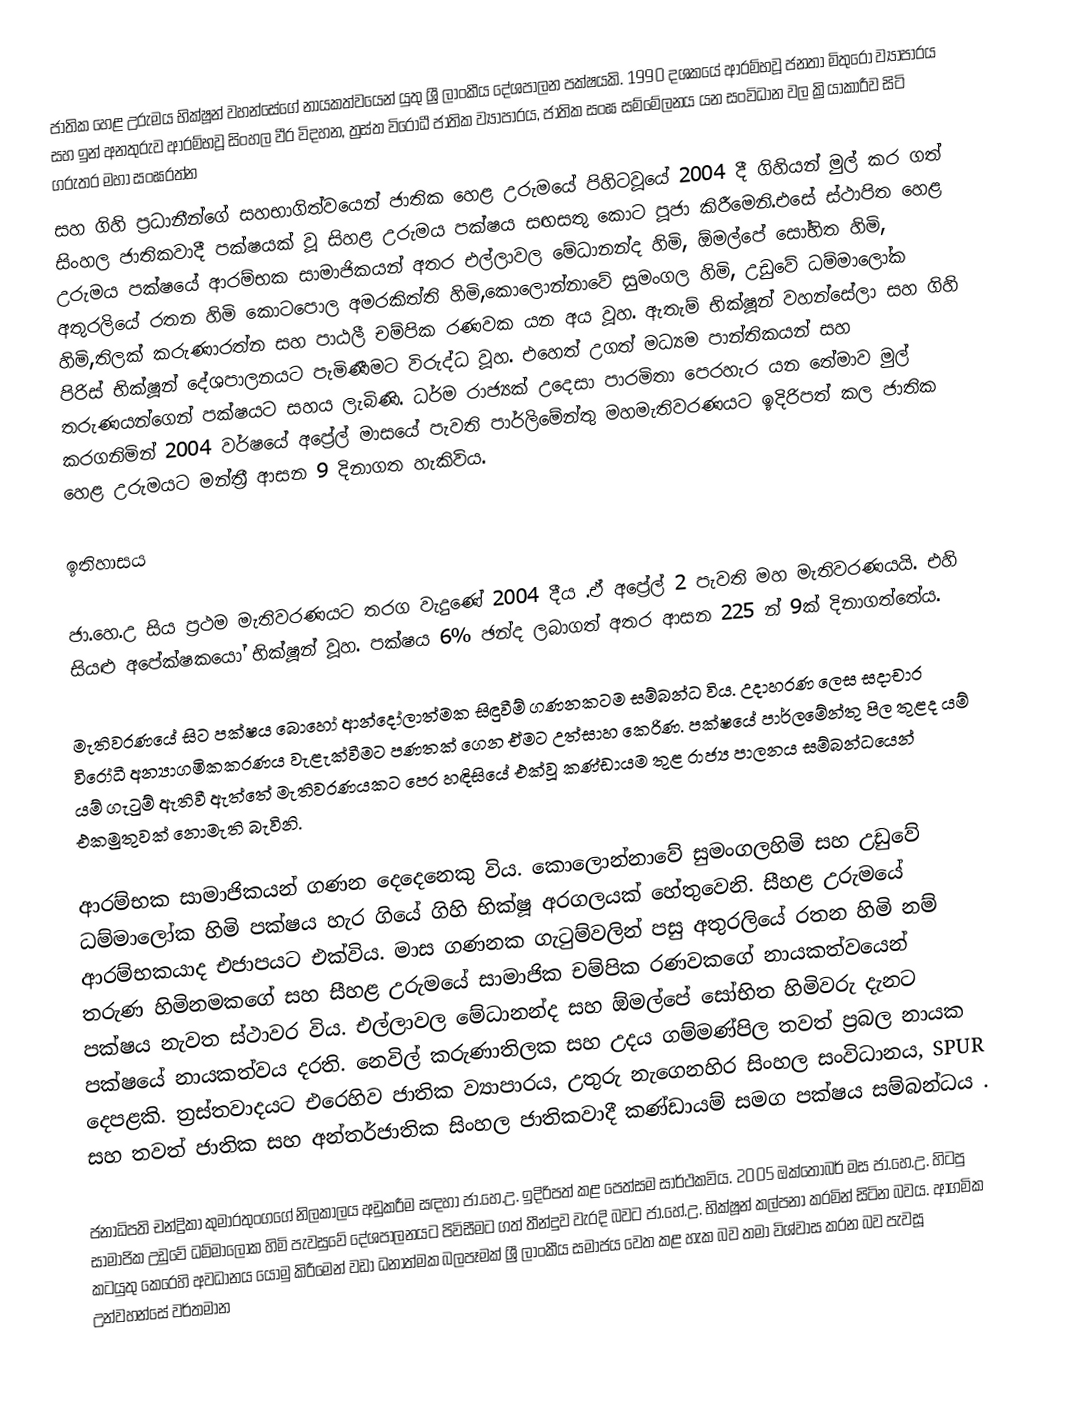
ජාතික හෙළ උරුමය භික්ෂූන් වහන්සේගේ නායකත්වයෙන් යුතු ශ්‍රී ලාංකීය දේශපාලන පක්ෂයකි. 1990 දශකයේ ආරම්භවූ ජනතා මිතුරෝ ව්‍යාපාරය සහ ඉන් අනතුරුව ආරම්භවූ සිංහල වීර විදහන, ත්‍රස්ත විරෝධී ජාතික ව්‍යාපාරය, ජාතික සංඝ සම්මේලනය යන සංවිධාන වල ක්‍රියාකාරීව සිටි ගරුතර මහා සංඝරත්න
සහ ගිහි ප්‍රධානීන්ගේ  සහභාගිත්වයෙන් ජාතික හෙළ උරුමයේ පිහිටවූයේ 2004 දී ගිහියන් මුල් කර ගත් සිංහල ජාතිකවාදී පක්ෂයක් වූ සිහළ උරුමය පක්ෂය සඟසතු කොට පූජා කිරීමෙනි.එසේ ස්ථාපිත හෙළ උරුමය පක්ෂයේ ආරම්භක සාමාජිකයන් අතර එල්ලාවල මේධානන්ද හිමි, ඕමල්පේ සෝභිත හිමි, අතුරලියේ රතන හිමි කොටපොල අමරකිත්ති හිමි,කොලොන්නාවේ සුමංගල හිමි, උඩුවේ ධම්මාලෝක හිමි,තිලක් කරුණාරත්න සහ පාඨලී චම්පික රණවක යන අය වූහ. ඇතැම් භික්ෂූන් වහන්සේලා සහ ගිහි පිරිස් භික්ෂූන් දේශපාලනයට පැමිණීමට විරුද්ධ වූහ. එහෙත් උගත් මධ්‍යම පාන්තිකයන් සහ තරුණයන්ගෙන් පක්ෂයට සහය ලැබිණි. ධර්ම රාජ්‍යක් උදෙසා පාරමිතා පෙරහැර යන තේමාව මුල් කරගනිමින් 2004 වර්ෂයේ අප්‍රේල් මාසයේ පැවති පාර්ලිමේන්තු මහමැතිවරණයට ඉදිරිපත් කල ජාතික හෙළ උරුමයට මන්ත්‍රී ආසන 9 දිනාගත හැකිවිය.

ඉතිහාසය

ජා.හෙ.උ සිය ප්‍රථම මැතිවරණයට තරග වැදුණේ 2004 දීය .ඒ අ‍ප්‍රේල් 2 පැවති මහ මැතිවරණයයි. එහි සියළු අපේක්ෂකයෝ භික්ෂූන් වූහ. පක්ෂය 6% ඡන්ද ලබාගත් අතර ආසන 225 න් 9ක් දිනාගත්තේය.

මැතිවරණයේ සිට පක්ෂය බොහෝ ආන්දෝලාත්මක සිඳුවීම් ගණනකටම සම්බන්ධ විය. උදාහරණ ලෙස සදාචාර විරෝධී අන්‍යාගමිකකරණය වැළැක්වීමට පණතක් ගෙන ඒමට උත්සාහ කෙරිණ. පක්ෂයේ පාර්ලමේන්තු පිල තුළද යම් යම් ගැටුම් ඇතිවී ඇත්තේ මැතිවරණයකට පෙර හඳිසියේ එක්වූ කණ්ඩායම තුළ රාජ්‍ය පාලනය සම්බන්ධයෙන් එකමුතුවක් නොමැති බැවිනි.

ආරම්භක සාමාජිකයන් ගණන දෙදෙනෙකු විය. කොලොන්නාවේ සුමංගලහිමි සහ උඩුවේ ධම්මාලෝක හිමි පක්ෂය හැර ගියේ ගිහි භික්ෂූ අරගලයක් හේතුවෙනි. සීහළ උරුමයේ ආරම්භකයාද එජාපයට එක්විය. මාස ගණනක ගැටුම්වලින් පසු අතුරලියේ රතන හිමි නම් තරුණ හිමිනමකගේ සහ සීහළ උරුමයේ සාමාජික චම්පික රණවකගේ නායකත්වයෙන් පක්ෂය නැවත ස්ථාවර විය. එල්ලාවල මේධානන්ද සහ ඕමල්පේ සෝභිත හිමිවරු දැනට පක්ෂයේ නායකත්වය දරති. නෙවිල් කරුණාතිලක සහ උදය ගම්මණ්පිල තවත් ප්‍රබල නායක දෙපළකි. ත්‍රස්තවාදයට එරෙහිව ජාතික ව්‍යාපාරය, උතුරු නැගෙනහිර සිංහල සංවිධානය, SPUR සහ තවත් ජාතික සහ අන්තර්ජාතික සිංහල ජාතිකවාදී කණ්ඩායම් සමග පක්ෂය සම්බන්ධය .

ජනාධිපති චන්ද්‍රිකා කුමාරතුංගගේ නිලකාලය අඩුකරීම සඳහා ජා.හෙ.උ. ඉදිරිපත් කළ පෙත්සම සාර්ථකවිය. 2005 ඔක්තෝබර් මස ජා.හෙ.උ. හිටපු සාමාජික උඩුවේ ධම්මාලෝක හිමි පැවසුවේ දේශපාලනයට පිවිසීමට ගත් තීන්දුව වැරදි බවට ජා.හේ.උ. භික්ෂූන් කල්පනා කරමින් සිටින බවය. ආගමික කටයුතු කෙ‍රෙහි අවධානය යොමු කිරීමෙන් වඩා ධනාත්මක බලපෑමක් ශ්‍රී ලාංකීය සමාජය වෙත කළ හැක බව තමා විශ්වාස කරන බව පැවසූ උන්වහන්සේ වර්තමාන